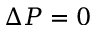
\Delta P = 0